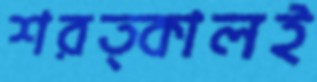
শরত্কালই